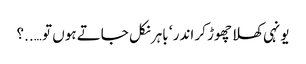
یونہی کھلا چھوڑ کر اندر ‘ باہر نکل جاتے ہوں تو …..؟